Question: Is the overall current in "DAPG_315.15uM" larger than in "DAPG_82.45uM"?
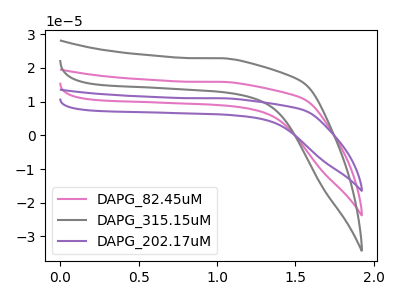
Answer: <think>The pink curve "DAPG_82.45uM" has no peaks. The gray curve "DAPG_315.15uM" has no peaks. The purple curve "DAPG_202.17uM" has no peaks.
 Neither "DAPG_315.15uM" or "DAPG_82.45uM" have any peaks.</think>
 <answer>I cant tell if "DAPG_315.15uM" or "DAPG_82.45uM" has more signal.</answer>
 <eval>mixed_signal</eval>